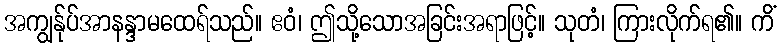
အကျွန်ုပ်အာနန္ဒာမထေရ်သည်။ ဧဝံ၊ ဤသို့သောအခြင်းအရာဖြင့်။ သုတံ၊ ကြားလိုက်ရ၏။ ကိံ